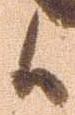
候